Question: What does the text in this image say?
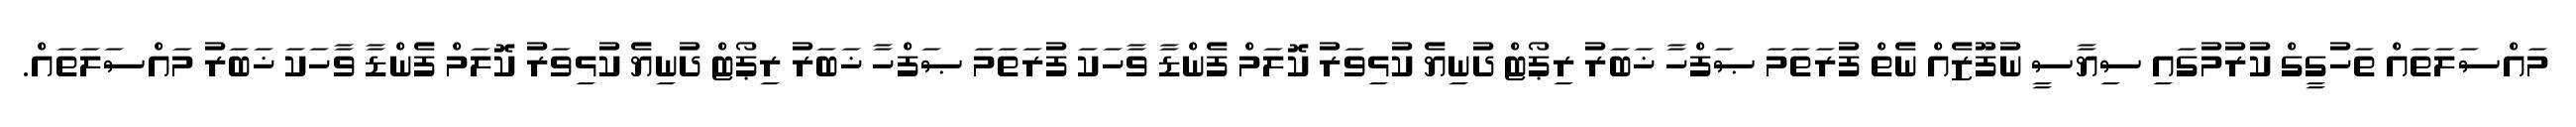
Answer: މައްސަލަތައް ތަހުގީގް ކުރުމުގައި ސިޔާސީ ނުފޫޒެއް ނެތް ފުރަތަމަ ޞަފްހާ ޚަބަރު ރިޕޯޓް ދުނިޔެ ކުޅިވަރު ކޮލަމް ފެންޑާ ވާހަކަ ފުރަތަމަ ޞަފްހާ ޚަބަރު ރިޕޯޓް ދުނިޔެ ކުޅިވަރު ކޮލަމް ފެންޑާ ވާހަކަ ޚަބަރު މައްސަލަތައް.